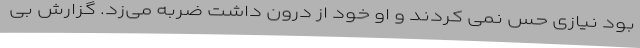
بود نیازی حس نمی کردند و او خود از درون داشت ضربه می‌زد. گزارش بی